Civil Veterinary Dept. North-West Frontier Province 1901-22 - 1901-1922
Year: 1901
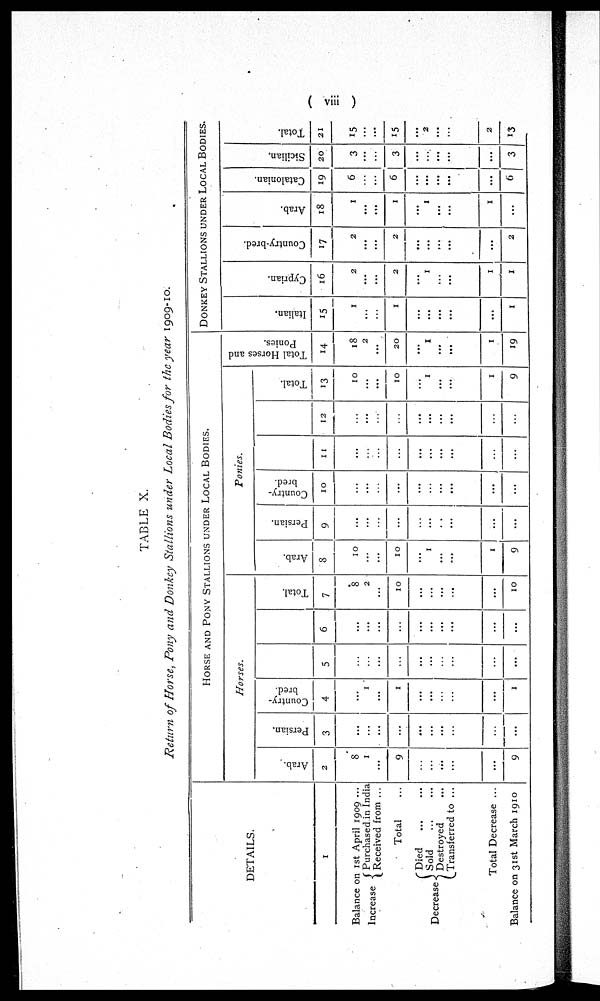
(viii)
TABLE X.
Return of Horse, Pony and Donkey Stallions under Local Bodies for the year 1909-10.
DETAILS.
1
Balance on 1st April 1909 ...
Increase
Purchased in India
Received from ...
Total ...
Decrease
Died
...
...
Sold
...
...
Destroyed ...
Transferred to ...
Total Decrease ...
Balance on 31st March 1910
HORSE AND PONY STALLIONS UNDER LOCAL BODIES.
Horses.
Arab.
2
8
1
...
9
...
...
...
...
...
9
Persian.
3
...
...
...
...
...
...
...
...
...
...
Country-
bred.
4
...
1
...
1
...
...
...
...
...
1
5
...
...
...
...
...
...
...
...
...
...
6
...
...
...
...
...
...
...
...
...
...
Total.
7
8
2
...
10
...
...
...
...
...
10
Ponies.
Arab.
8
10
...
...
10
...
1
...
...
1
9
Persian.
9
...
...
...
...
...
...
..
...
...
...
Country-
bred.
10
...
...
...
...
...
...
...
...
...
...
11
...
...
...
...
...
...
...
...
...
...
12
...
...
...
...
...
...
...
...
...
...
Total.
13
10
...
...
10
...
1
...
...
1
9
Total Horses and
Ponies.
14
18
2
...
20
...
1
...
...
1
19
DONKEY STALLIONS UNDER LOCAL BODIES.
I t al i an.
15
1
...
...
1
...
...
...
...
...
1
Cypr i
an.
16
2
...
...
2
...
1
...
...
1
1
Country-bred.
17
2
...
...
2
...
...
...
...
...
2
Ar ab.
18
1
...
...
1
...
1
...
...
1
...
Cat al oni an.
19
6
...
...
6
...
...
...
...
...
6
Si ci l
i
an.
20
3
...
...
3
...
...
...
...
...
3
Tot al .
21
15
...
...
15
...
2
...
...
2
13